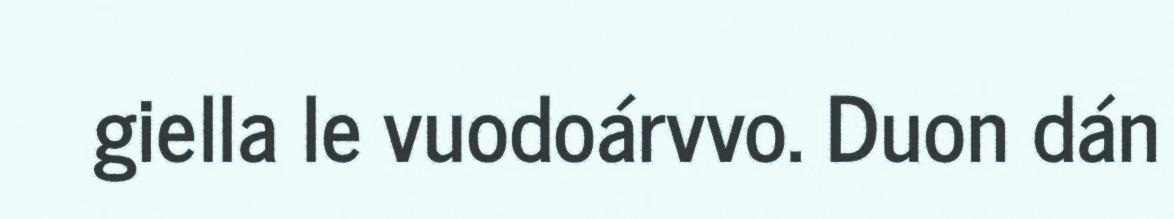
giella le vuodoárvvo. Duon dán